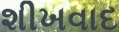
શીખવાદ